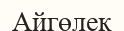
Айгөлек